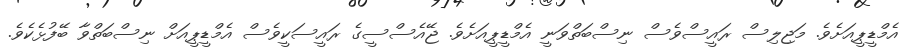
އެމްޑީޕީއަށެވެ. މަޖިލިސް ރައީސްވެސް ނިސްބަތްވަނީ އެމްޑީޕީއަށެވެ. ޖޭއެސްސީގެ ރައީސަކީވެސް އެމްޑީޕީއަށް ނިސްބަތްވާ ބޭފުޅެކެވެ.